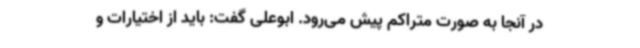
در آنجا به صورت متراکم پیش می‌رود. ابوعلی گفت: باید از اختیارات و